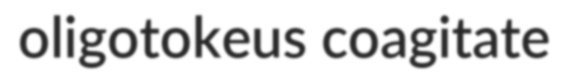
oligotokeus coagitate